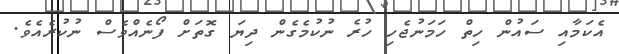
އެކަމާއި ސައުން ހިތް ހަމަނުޖެހި ހުރެ ނުކުމެގެން ދިޔަ ގޮތަށް ފޯނެއްވެސް ނުކުރެއެވެ.